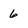
Character: 6